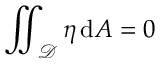
\iint _ { \mathcal { D } } \eta \, \mathrm { d } A = 0